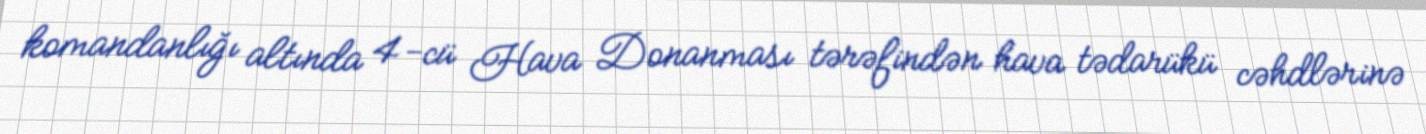
komandanlığı altında 4-cü Hava Donanması tərəfindən hava tədarükü cəhdlərinə